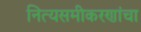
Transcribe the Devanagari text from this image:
नित्यसमीकरणांचा